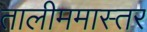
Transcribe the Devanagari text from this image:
तालीममास्तर